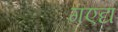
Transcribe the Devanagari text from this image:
गएद्य